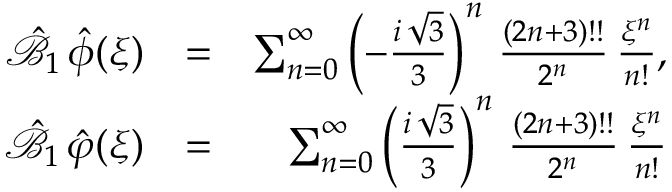
\begin{array} { r l r } { \hat { { \mathcal B } } _ { 1 } \, \hat { \phi } ( \xi ) } & { = } & { \sum _ { n = 0 } ^ { \infty } \left( - \frac { i \, \sqrt { 3 } } { 3 } \right) ^ { n } \, \frac { ( 2 n + 3 ) ! ! } { 2 ^ { n } } \, \frac { \xi ^ { n } } { n ! } , } \\ { \hat { { \mathcal B } } _ { 1 } \, \hat { \varphi } ( \xi ) } & { = } & { \sum _ { n = 0 } ^ { \infty } \left( \frac { i \, \sqrt { 3 } } { 3 } \right) ^ { n } \, \frac { ( 2 n + 3 ) ! ! } { 2 ^ { n } } \, \frac { \xi ^ { n } } { n ! } } \end{array}